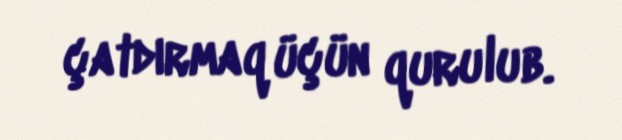
çatdırmaq üçün qurulub.